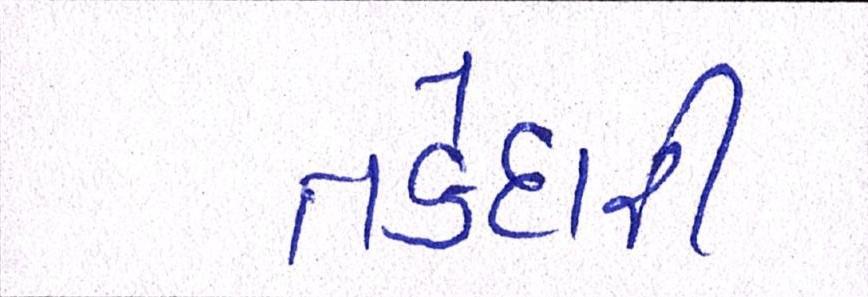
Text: તકેદારી